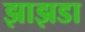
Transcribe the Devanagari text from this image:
झाझडा